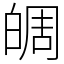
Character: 皗